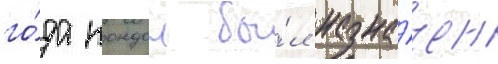
го́да кондон бы́л назна́чен